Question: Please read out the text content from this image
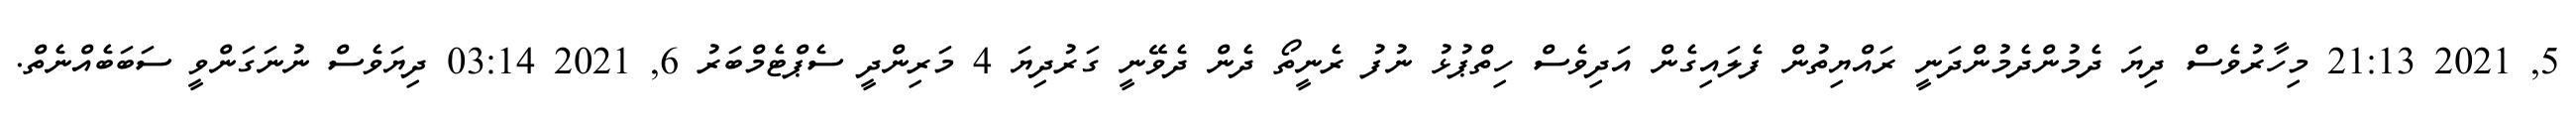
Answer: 5, 2021 21:13 މިހާރުވެސް ދިޔަ ދެމުންދެމުންދަނީ ރައްޔިތުން ފެލައިގެން އަދިވެސް ހިތްޕުޅު ނުފު ރެނީތޯ ދެން ދެވޭނީ ގަރުދިޔަ 4 މަރިންދީ ސެޕްޓެމްބަރު 6, 2021 03:14 ދިޔަވެސް ނުނަގަންވީ ސަބަބެއްނެތް.